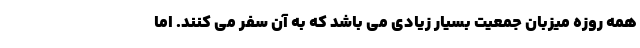
همه روزه میزبان جمعیت بسیار زیادی می باشد که به آن سفر می کنند. اما